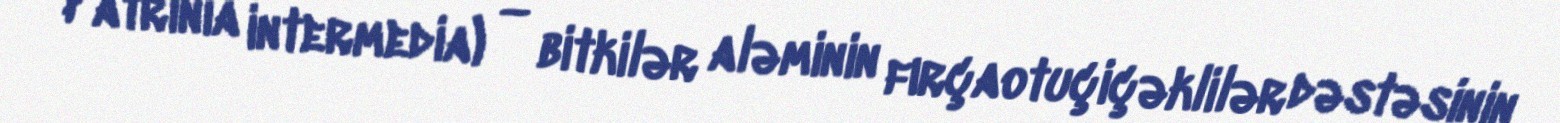
Patrinia intermedia) — bitkilər aləminin fırçaotuçiçəklilər dəstəsinin